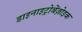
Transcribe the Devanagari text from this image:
डाइनाइट्रोबेंज़ोइक